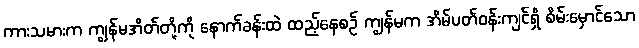
ကားသမားက ကျွန်မအိတ်တို့ကို နောက်ခန်းထဲ ထည့်နေစဉ် ကျွန်မက အိမ်ပတ်ဝန်းကျင်ရှိ စိမ်းမှောင်သော